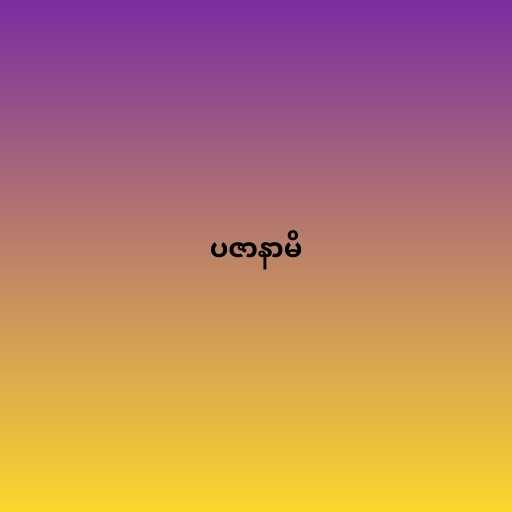
ပဇာနာမိ